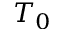
T _ { 0 }